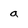
Character: a